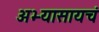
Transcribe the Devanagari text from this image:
अभ्यासायचं